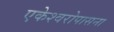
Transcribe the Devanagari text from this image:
एकेश्वरोपासना